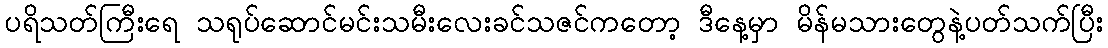
ပရိသတ်ကြီးရေ သရုပ်ဆောင်မင်းသမီးလေးခင်သဇင်ကတော့ ဒီနေ့မှာ မိန်မသားတွေနဲ့ပတ်သက်ပြီး